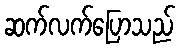
ဆက်လက်ပြောသည်